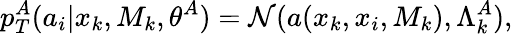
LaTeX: p_{T}^{A}(a_{i}|x_{k},M_{k},\theta^{A})=\mathcal N(a(x_{k},x_{i},M_{k}),\Lambda_{k}^{A}),